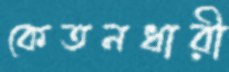
কেতনধারী